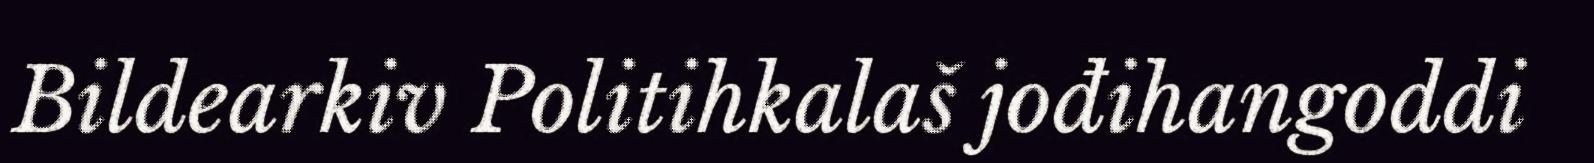
Bildearkiv Politihkalaš jođihangoddi